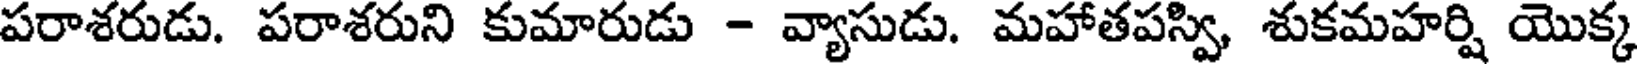
పరాశరుడు. పరాశరుని కుమారుడు - వ్యాసుడు. మహాతపస్వి, శుకమహర్షి యొక్క